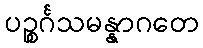
ပဉ္စင်္ဂသမန္နာဂတေ